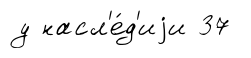
у насл'е́д'иjи 37